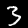
Label: 3